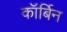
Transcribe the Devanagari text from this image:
कॉर्बिन